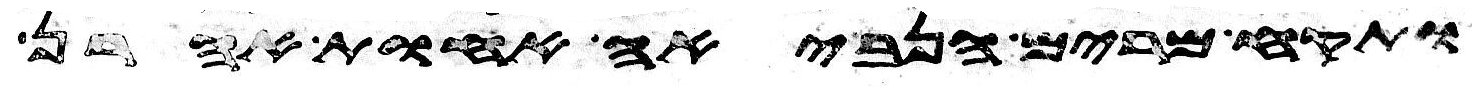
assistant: ותקח מרים הנביאה אחות אהרן